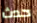
حدث